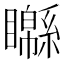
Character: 𥌣